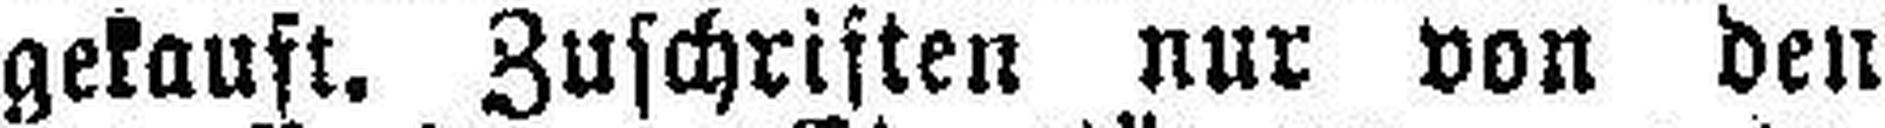
gekauft. Zuschriften nur von den